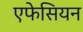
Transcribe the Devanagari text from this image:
एफेसियन